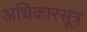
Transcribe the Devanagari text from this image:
अधिकारसूत्र